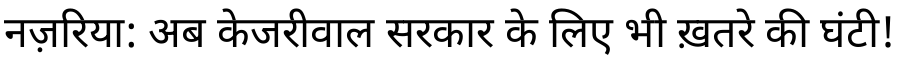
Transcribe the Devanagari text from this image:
नज़रिया: अब केजरीवाल सरकार के लिए भी ख़तरे की घंटी!